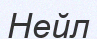
Нейл